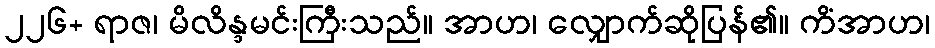
၂၂၆+ ရာဇ၊ မိလိန္ဒမင်းကြီးသည်။ အာဟ၊ လျှောက်ဆိုပြန်၏။ ကိံအာဟ၊